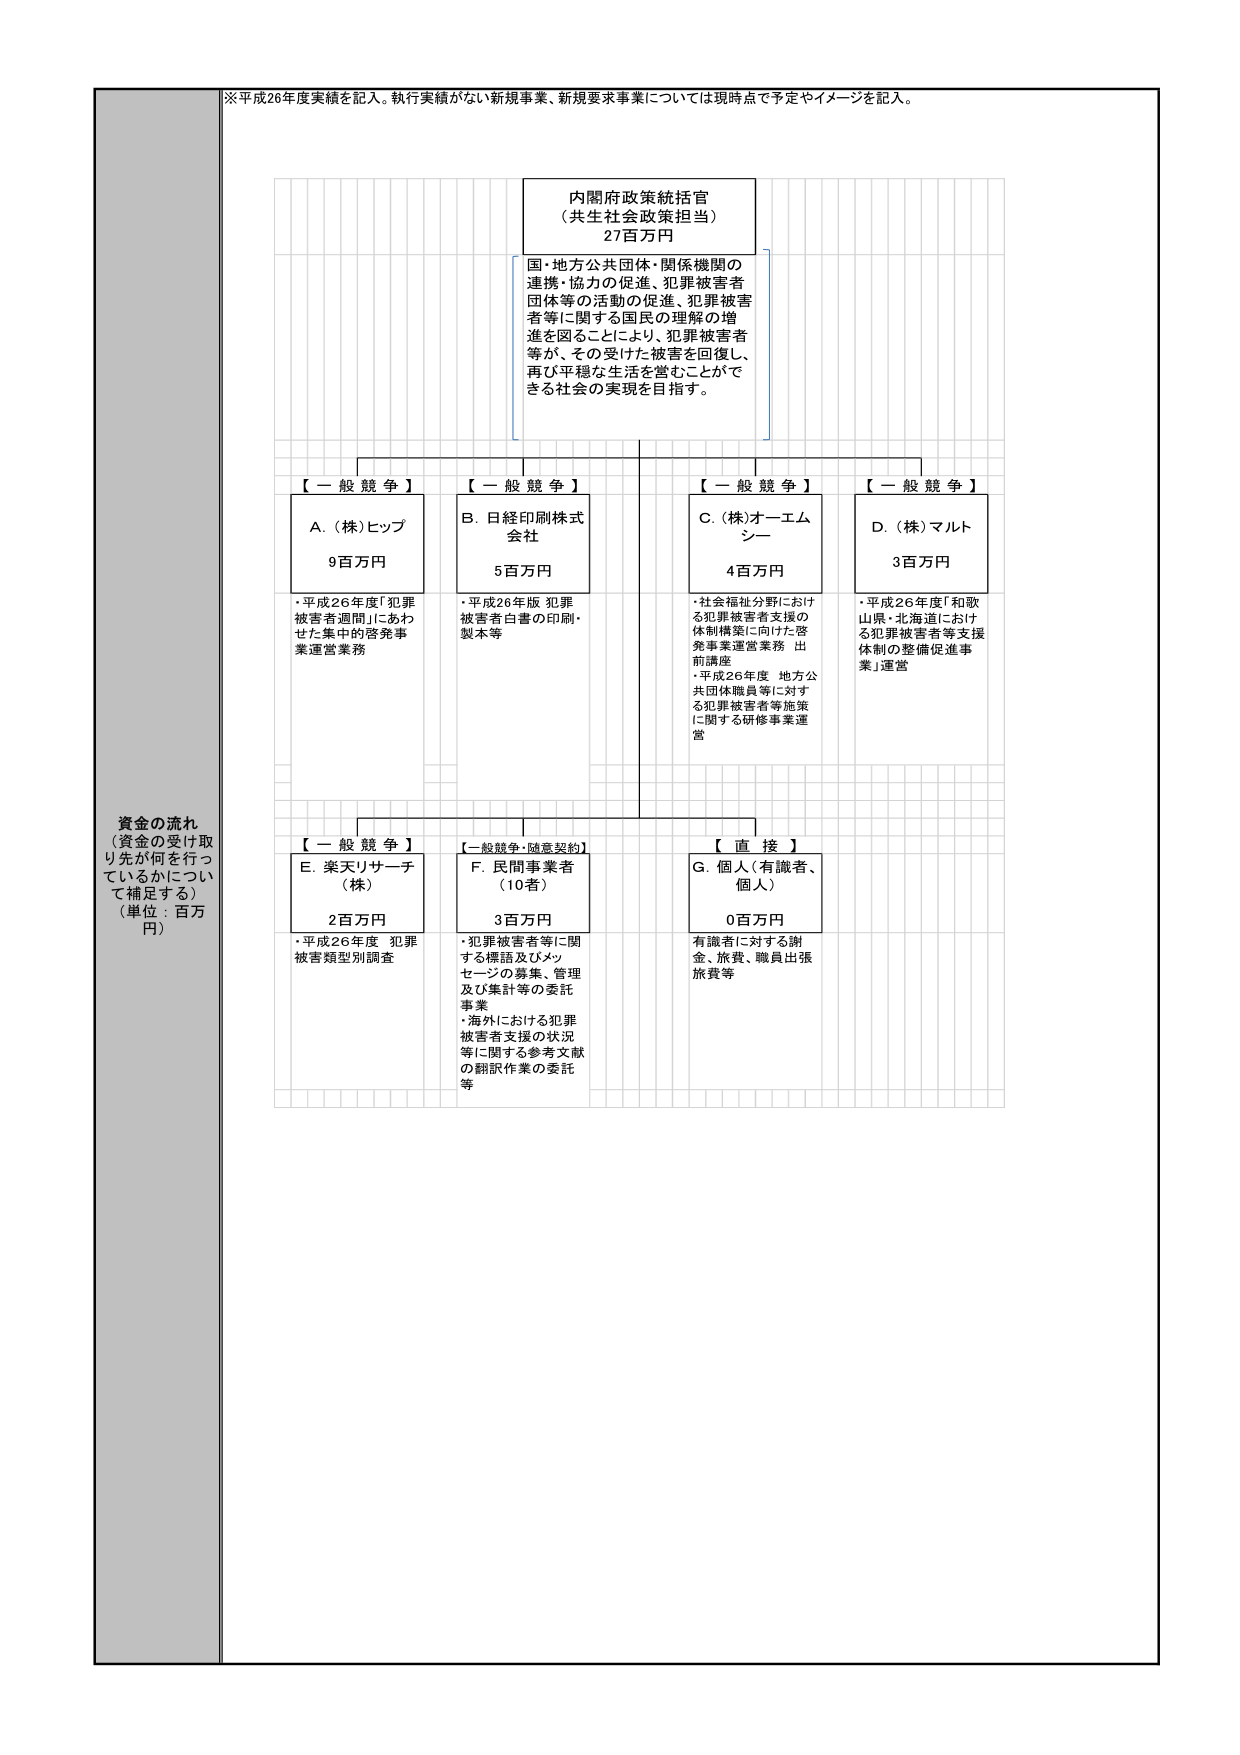
※平成26年度実績を記入。執行実績がない新規事業、新規要求事業については現時点で予定やイメージを記入。

内閣府政策統括官
（共生社会政策担当）
27百万円

国・地方公共団体・関係機関の
連携・協力の促進、犯罪被害者
団体等の活動の促進、犯罪被害
者等に関する国民の理解の増
進を図ることにより、犯罪被害者
等が、その受けた被害を回復し、
再び平穏な生活を営むことがで
きる社会の実現を目指す。

【一般競争】
A.（株）ヒップ
9百万円
・平成26年度「犯罪被害者週間」にあわ
せた集中的啓発事業運営業務

【一般競争】
B. 日経印刷株式
会社
5百万円
・平成26年版 犯罪
被害者白書の印刷・
製本等

【一般競争】
C.（株）オーエム
シー
4百万円
・社会福祉分野における犯罪被害者支援の
体制構築に向けた啓発事業運営業務 出
前講座
・平成26年度 地方公共団体職員等に対する
犯罪被害者等施策に関する研修事業運営

【一般競争】
D.（株）マルト
3百万円
・平成26年度「和歌山県・北海道における
犯罪被害者等支援体制の整備促進事業」運営

【一般競争】
E. 楽天リサーチ
（株）
2百万円
・平成26年度 犯罪被害類型別調査

【一般競争・随意契約】
F. 民間事業者
（10者）
3百万円
・犯罪被害者等に関する標語及びメッセージの募集、管理及び集計等の委託事業
・海外における犯罪被害者支援の状況等に関する参考文献の翻訳作業の委託等

【直接】
G. 個人（有識者、個人）
0百万円
有識者に対する謝金、旅費、職員出張旅費等

資金の流れ
（資金の受け取り先が何を行っているかについて補足する）
（単位：百万円）